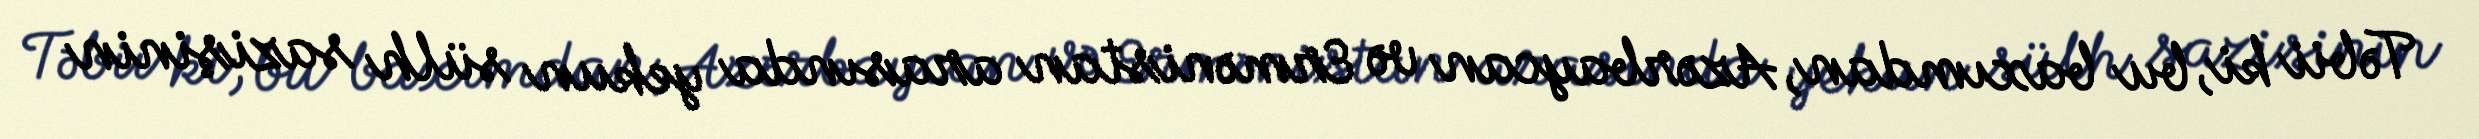
Təbii ki, bu baxımdan, Azərbaycan və Ermənistan arasında yekun sülh sazişinin